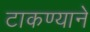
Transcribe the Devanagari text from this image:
टाकण्याने